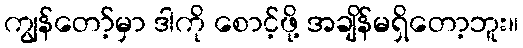
ကျွန်တော့်မှာ ဒါကို စောင့်ဖို့ အချိန်မရှိတော့ဘူး။